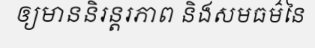
ឲ្យមាននិរន្តរភាព និងសមធម៌នៃ